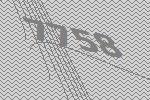
7758